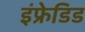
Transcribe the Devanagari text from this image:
इंफ्रेडिड